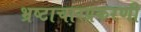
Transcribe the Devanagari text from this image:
भ्रष्टाचारप्रकरणी